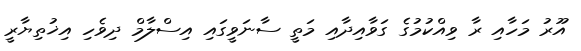
އޫރު މަހާއި ރާ ވިއްކުމުގެ ގަވާއިދާއި މަތީ ސާނަވީގައި އިސްލާމް ދިވެހި އިޚުތިޔާރީ